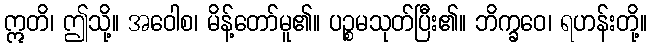
ဣတိ၊ ဤသို့။ အဝေါစ၊ မိန့်တော်မူ၏။ ပဉ္စမသုတ်ပြီး၏။ ဘိက္ခဝေ၊ ရဟန်းတို့။